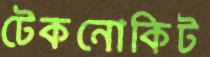
টেকনোকিট